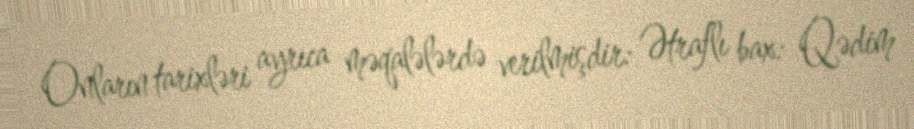
Onların tarixləri ayrıca məqalələrdə verilmişdir: Ətraflı bax: Qədim